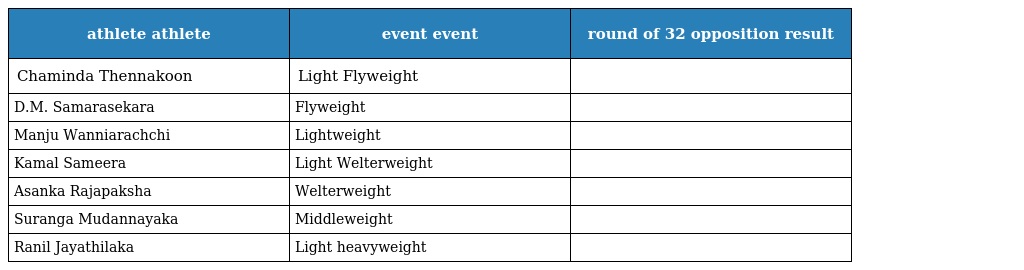
| athlete athlete | event event | round of 32 opposition result |
 | --- | --- | --- |
 | Chaminda Thennakoon | Light Flyweight |  |
 | D.M. Samarasekara | Flyweight |  |
 | Manju Wanniarachchi | Lightweight |  |
 | Kamal Sameera | Light Welterweight |  |
 | Asanka Rajapaksha | Welterweight |  |
 | Suranga Mudannayaka | Middleweight |  |
 | Ranil Jayathilaka | Light heavyweight |  |